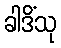
ခါဒိံသု